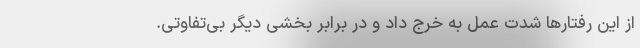
از این رفتارها شدت عمل به خرج داد و در برابر بخشی دیگر بی‌تفاوتی.